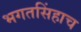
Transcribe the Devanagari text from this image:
भगतसिंहाच